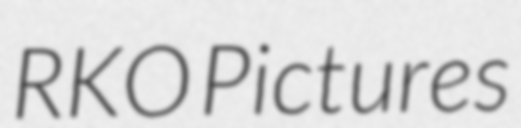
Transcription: RKO Pictures